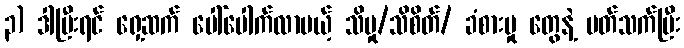
၃) ဒါပြီးရင် ရှေ့ဆက် ပေါ်ပေါက်လာမယ့် သိမှု/သိစိတ်/ ခံစားမှု တွေနဲ့ ပတ်သက်ပြီး